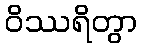
ဝိဿရိတွာ